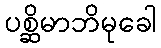
ပစ္ဆိမာဘိမုခေါ